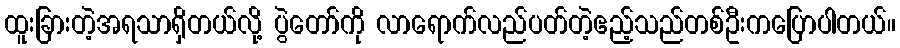
ထူးခြားတဲ့အရသာရှိတယ်လို့ ပွဲတော်ကို လာရောက်လည်ပတ်တဲ့ဧည့်သည်တစ်ဦးကပြောပါတယ်။